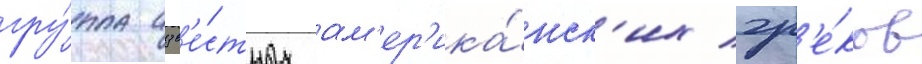
гру́ппа изв'е́стных ам'ер'ика́нск'их гр'е́ков